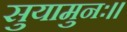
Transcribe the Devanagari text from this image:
सुयामुनः।।